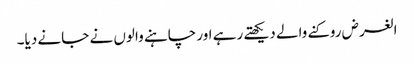
الغرض روکنے والے دیکھتے رہے اور چاہنے والوں نے جانے دیا۔